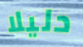
دليلا